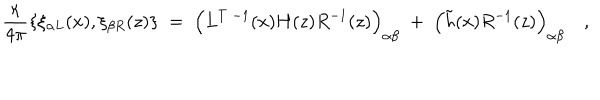
{ \frac { \kappa } { 4 \pi } } \{ \xi _ { \alpha L } ( x ) , \xi _ { \beta R } ( z ) \} \; = \; \Bigl ( L ^ { T \; - 1 } ( x ) H ( z ) R ^ { - 1 } ( z ) \Bigr ) _ { \alpha \beta } \; + \; \Bigl ( \tilde { h } ( x ) R ^ { - 1 } ( z ) \Bigr ) _ { \alpha \beta } \quad ,